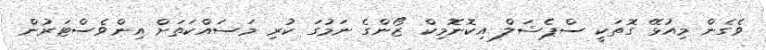
ވެގެން މިއުޅޭ ގޮތަކީ ސްޕެޝަލް އިކޮނޮމިކް ޒޯންގެ ނަމުގަ ކުރި މަސައްކަތަށް އިންވެސްޓަރުން